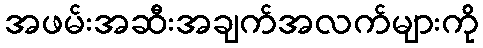
အဖမ်းအဆီးအချက်အလက်များကို